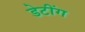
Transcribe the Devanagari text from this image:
डेटींग